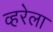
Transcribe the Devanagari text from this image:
व्हरेला